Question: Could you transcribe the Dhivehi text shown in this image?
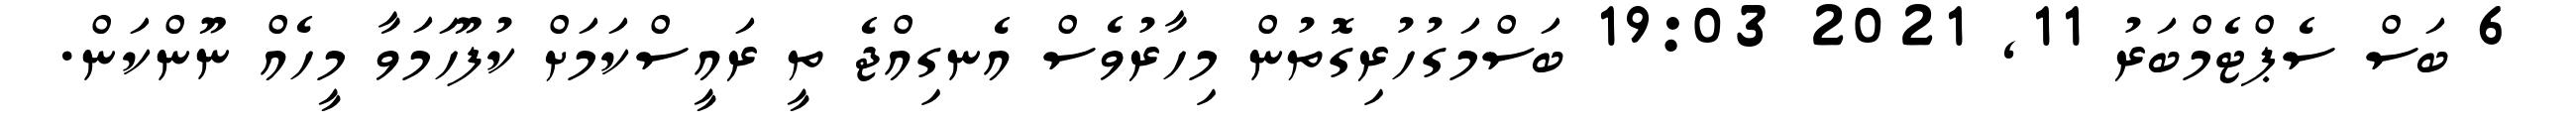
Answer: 6 ބަސް ސެޕްޓެމްބަރު 11, 2021 19:03 ބަސްމަގުހުރިގޮތުން މިހާރުވެސް އެނގިއްޖެ ތީ ރައީސްކަމަށް ކުފޫހަމަވާ މީހެއް ނޫންކަން.